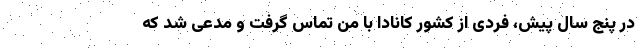
در پنج سال پیش، فردی از کشور کانادا با من تماس گرفت و مدعی شد که